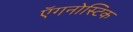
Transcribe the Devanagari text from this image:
ऍगनोस्टिक